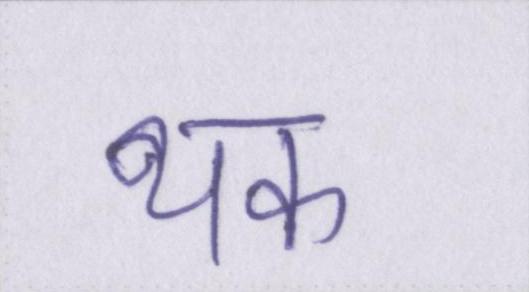
थक